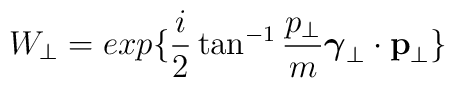
W_{\perp} =exp \{ \frac{i}{2} \tan^{-1} \frac{p_{\perp}}{m} \mbox{\boldmath $\gamma$}_{\perp} \cdot {\bf p}_{\perp} \}